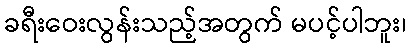
ခရီးဝေးလွန်းသည့်အတွက် မပင့်ပါဘူး၊